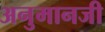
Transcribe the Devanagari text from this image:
अनुमानजी